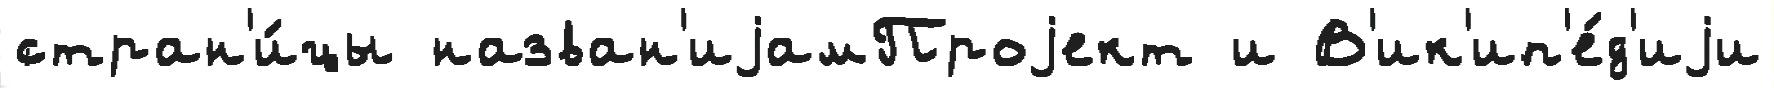
стран'и́цы назван'иjамПроjект и В'ик'ип'е́д'иjи